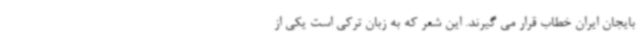
بایجان ایران خطاب قرار می گیرند. این شعر که به زبان ترکی است یکی از